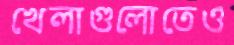
খেলাগুলোতেও